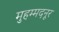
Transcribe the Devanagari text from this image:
मुहम्मदनूर